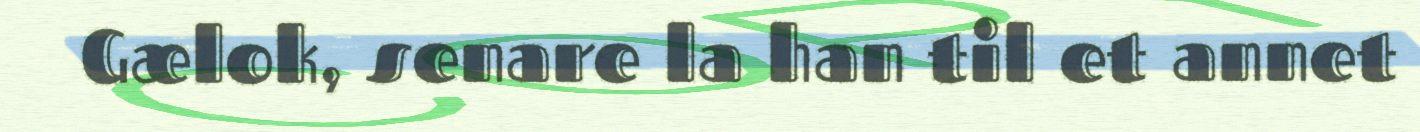
Gælok, senare la han til et annet